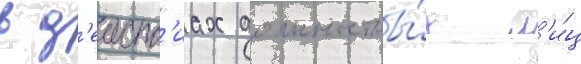
в д'еиств'иах должностны́х л'и́ц